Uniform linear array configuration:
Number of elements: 48
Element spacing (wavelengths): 0.5
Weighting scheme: cosine
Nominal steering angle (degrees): -45
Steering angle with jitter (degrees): -43.677
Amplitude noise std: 0.05
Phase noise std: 0.05

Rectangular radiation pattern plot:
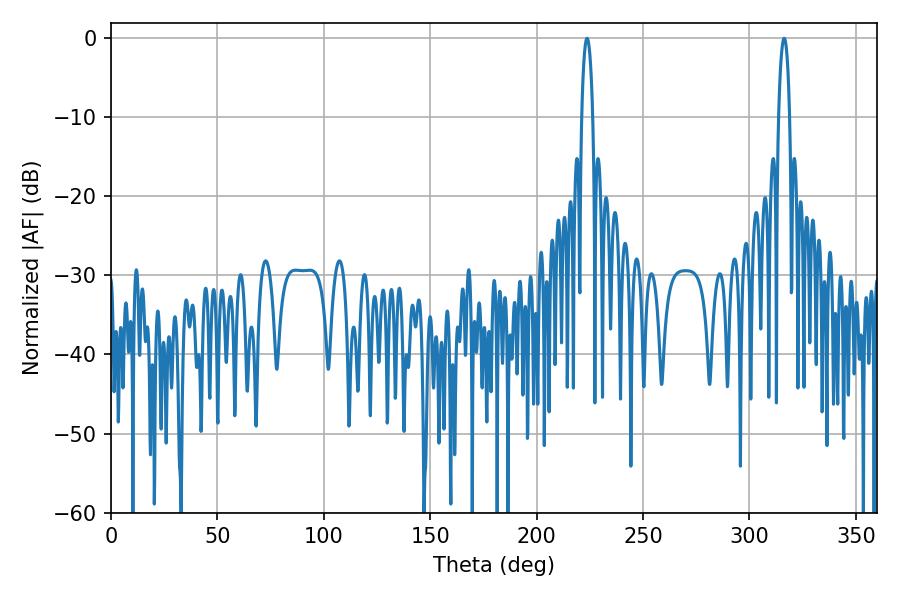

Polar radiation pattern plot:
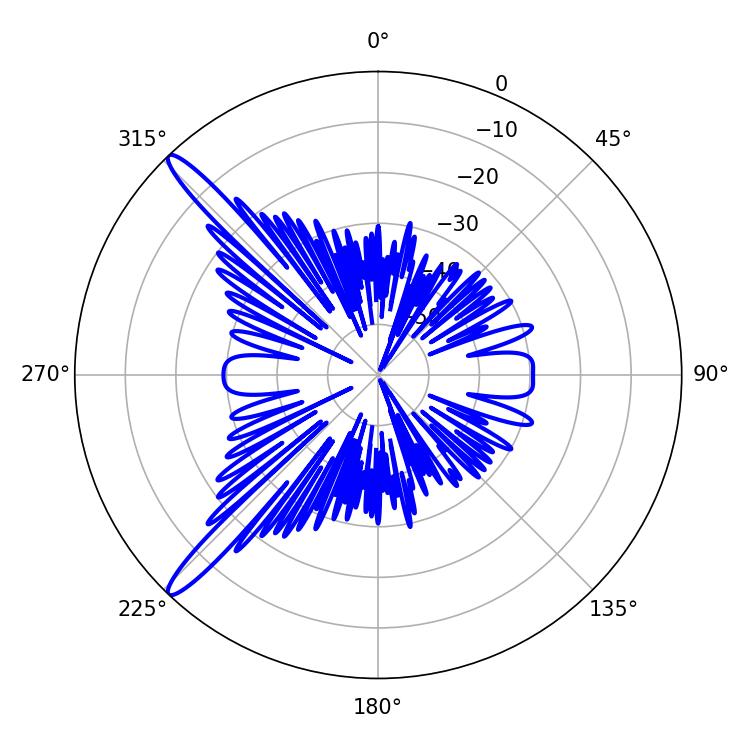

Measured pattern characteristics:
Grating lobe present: FALSE
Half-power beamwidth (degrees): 2.88
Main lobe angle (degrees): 316.26